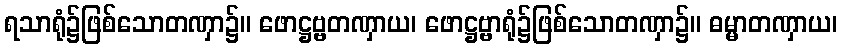
ရသာရုံ၌ဖြစ်သောတဏှာ၌။ ဖောဋ္ဌဗ္ဗတဏှာယ၊ ဖောဋ္ဌဗ္ဗာရုံ၌ဖြစ်သောတဏှာ၌။ ဓမ္မာတဏှာယ၊